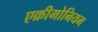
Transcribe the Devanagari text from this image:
एक्रीमोनियम